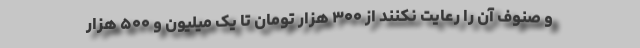
و صنوف آن را رعایت نکنند از ۳۰۰ هزار تومان تا یک میلیون و ۵۰۰ هزار